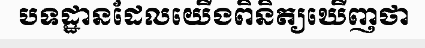
បទដ្ឋានដែលយើងពិនិត្យឃើញថា